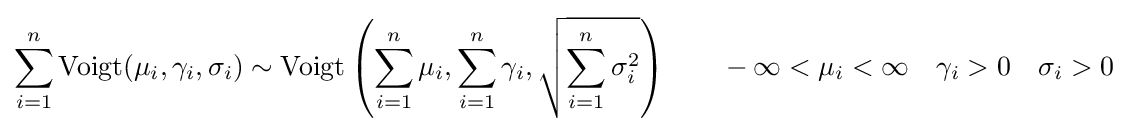
\sum _{i=1}^{n}\operatorname {Voigt} (\mu _{i},\gamma _{i},\sigma _{i})\sim \operatorname {Voigt} \left(\sum _{i=1}^{n}\mu _{i},\sum _{i=1}^{n}\gamma _{i},{\sqrt {\sum _{i=1}^{n}\sigma _{i}^{2}}}\right)\qquad -\infty <\mu _{i}<\infty \quad \gamma _{i}>0\quad \sigma _{i}>0